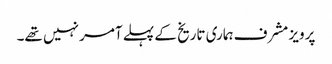
پرویز مشرف ہماری تاریخ کے پہلے آمر نہیں تھے۔